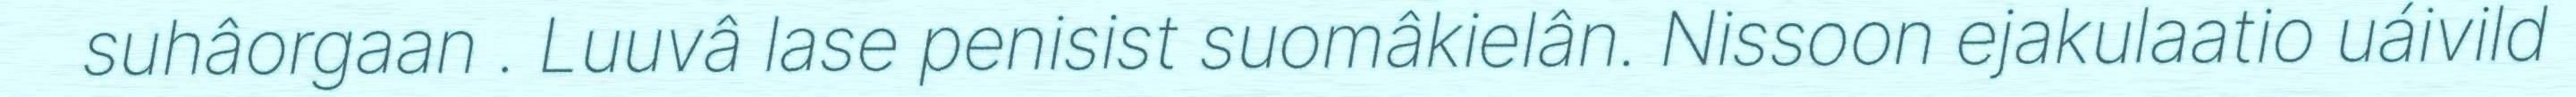
suhâorgaan . Luuvâ lase penisist suomâkielân. Nissoon ejakulaatio uáivild